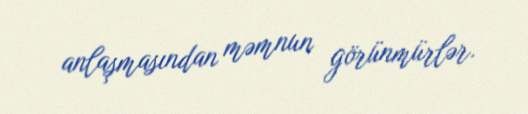
anlaşmasından məmnun görünmürlər.